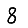
Digit: 8